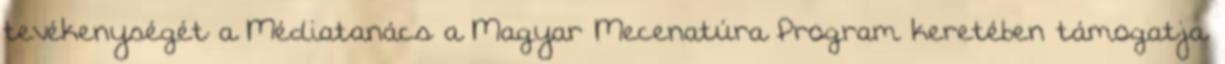
tevékenységét a Médiatanács a Magyar Mecenatúra Program keretében támogatja.